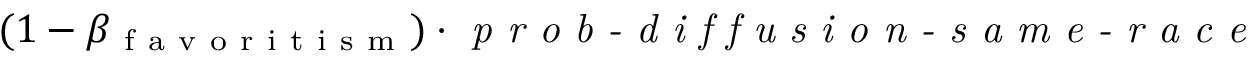
( 1 - \beta _ { \mathrm { ~ f ~ a ~ v ~ o ~ r ~ i ~ t ~ i ~ s ~ m ~ } } ) \cdot \textit { p r o b - d i f f u s i o n - s a m e - r a c e }